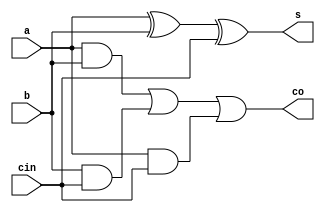
module full_adder(s,co,a,b,cin);
output wire s,co;
input wire a,b,cin;
assign s = a^b^cin;
assign  co = (a&b)|(b&cin)|(a&cin);
endmodule